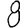
Digit: 8